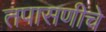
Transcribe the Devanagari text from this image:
तपासणीचे